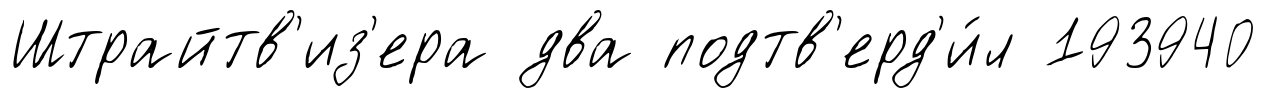
Штрайтв'из'ера два подтв'ерд'и́л 193940